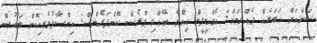
ސަންއަށް ޚަބަރެއް ދެއްވުމަށް: އެމްޑީޕީން އިއްޔެ ބޭއްވި ޕްރެސް ކޮންފަރެންސް: އިންސާފުވެރިކޮށް ބަހުސް